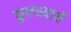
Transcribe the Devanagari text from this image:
कुलस्यार्थे